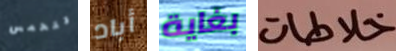
تتحمس أباد بغاية خلاطات